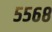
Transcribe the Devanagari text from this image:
५५६८